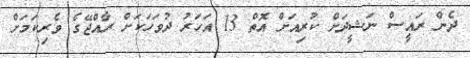
ދެން ރައީސް ނަޝީދަށް ކުރިއަށް އޮތް 13 އަހަރު ދުވަހަކަށް ރާއްޖޭގެ ވެރިކަމަށް